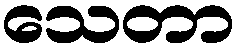
သေတာ